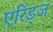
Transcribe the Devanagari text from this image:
एरिड्‌ज